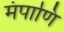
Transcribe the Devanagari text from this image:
मंपाणि